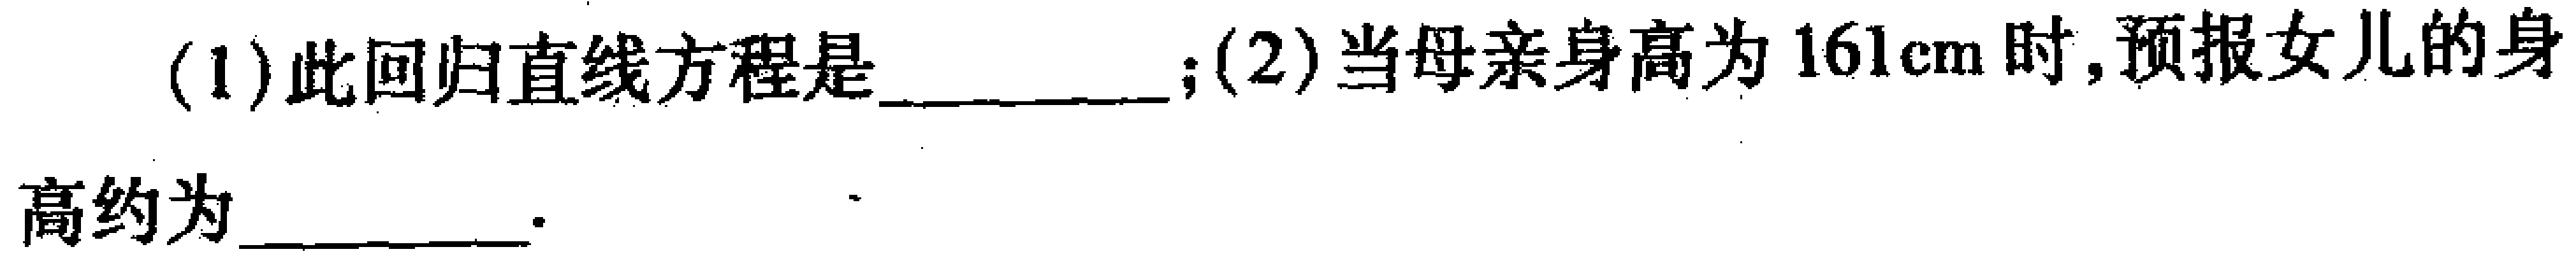
(1)此回归直线方程是__________；(2)当母亲身高为\(161\text{cm}\)时,预报女儿的身

高约为__________.